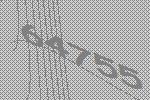
64755